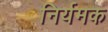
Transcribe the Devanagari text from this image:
निर्यमक